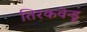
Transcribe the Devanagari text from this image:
तिरकवेन्डू